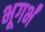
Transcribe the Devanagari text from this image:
भूगर्भं